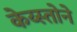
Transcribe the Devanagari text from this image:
केय्स्तोने